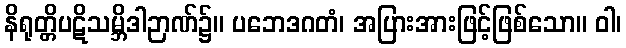
နိရုတ္တိပဋိသမ္ဘိဒါဉာဏ်၌။ ပဘေဒဂတံ၊ အပြားအားဖြင့်ဖြစ်သော။ ဝါ၊